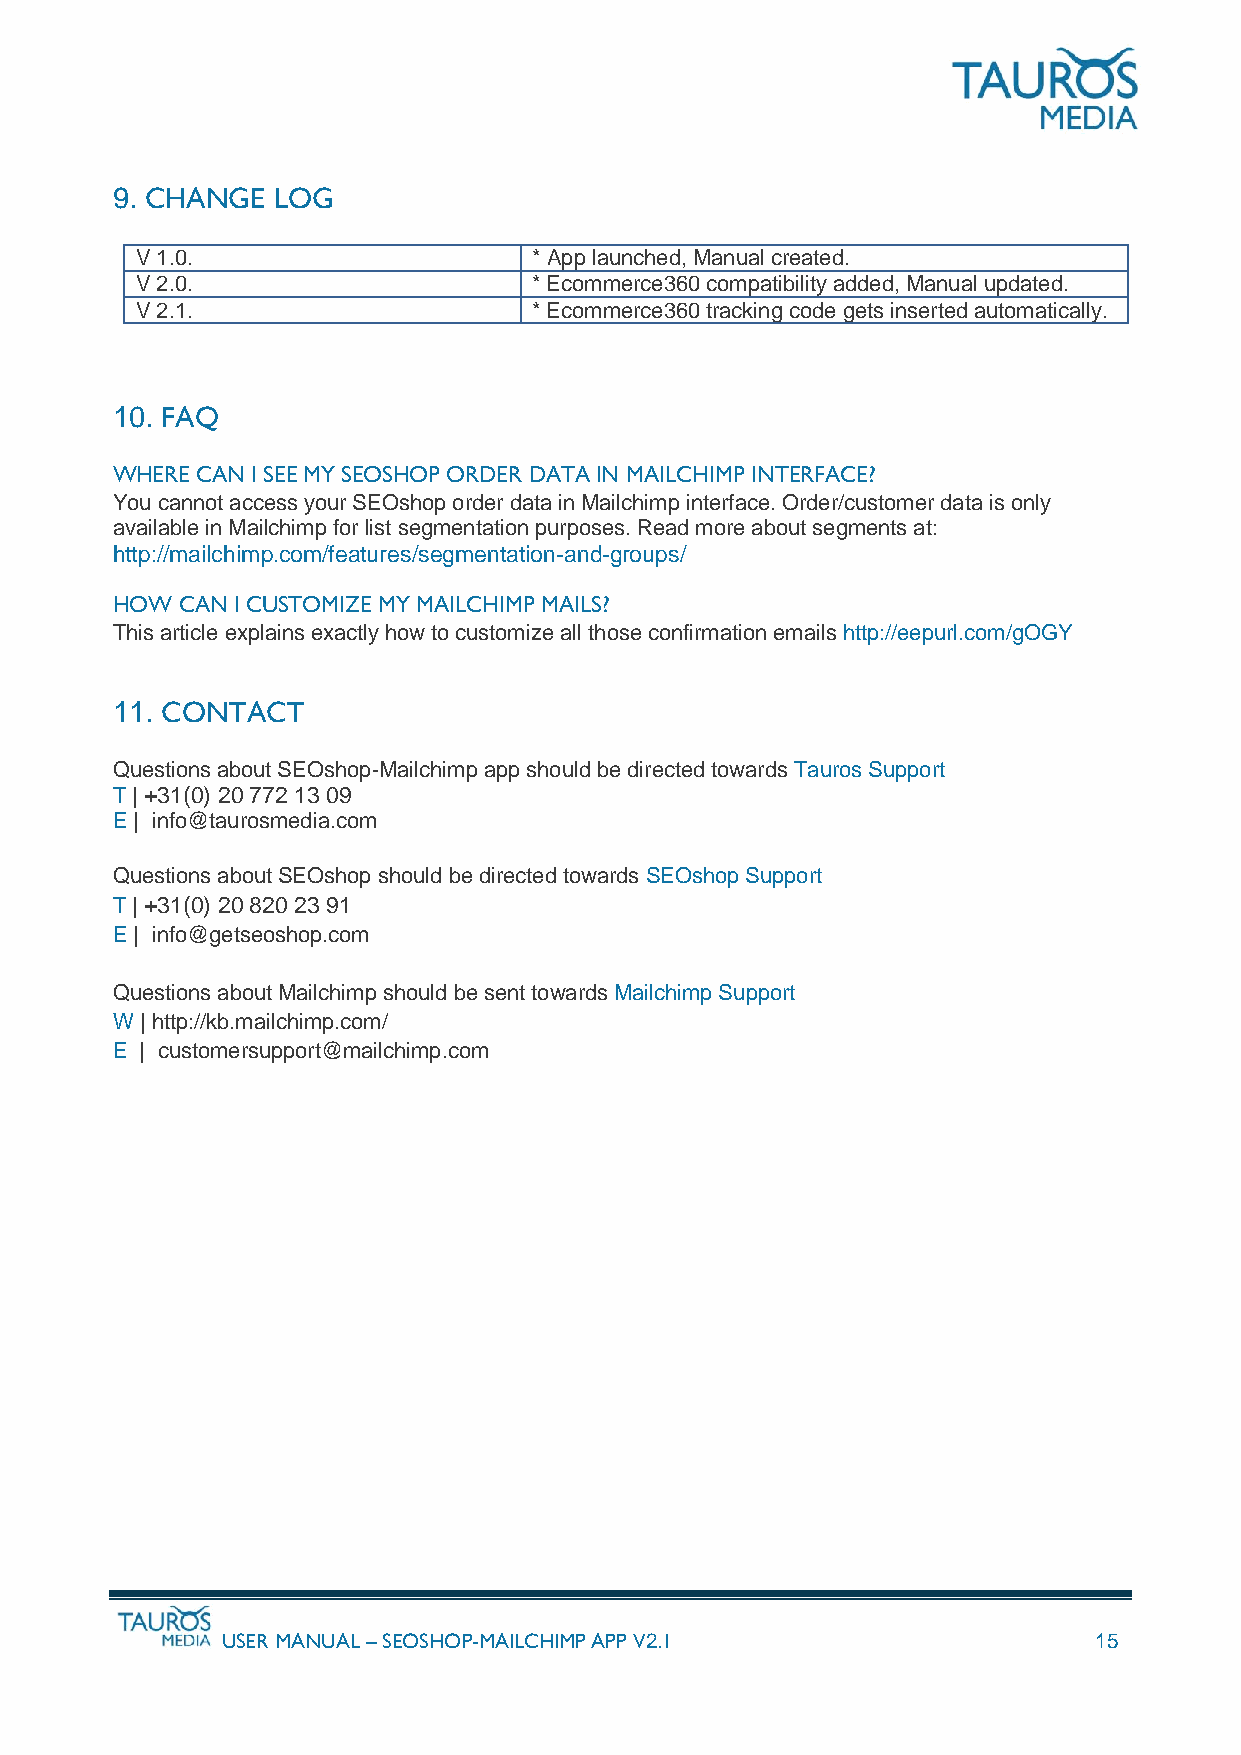
9. CHANGE  LOG
 V 1.0.                    * App launched, Manual created.
 V 2.0.                    * Ecommerce360 compatibility added, Manual updated.
 V 2.1.                    * Ecommerce360 tracking code gets inserted automatically.
 10. FAQ
 WHERE CAN I SEE MY SEOSHOP ORDER DATA IN MAILCHIMP INTERFACE?
 You cannot access your SEOshop order data in Mailchimp interface. Order/customer data is only
 available in Mailchimp for list segmentation purposes. Read more about segments at:
 http://mailchimp.com/features/segmentation-and-groups/
 HOW  CAN I CUSTOMIZE MY MAILCHIMP MAILS?
 This article explains exactly how to customize all those confirmation emails http://eepurl.com/gOGY
 11. CONTACT
 Questions about SEOshop-Mailchimp app should be directed towards Tauros Support
 T | +31(0) 20 772 13 09
 E | info@taurosmedia.com
 Questions about SEOshop should be directed towards SEOshop Support
 T | +31(0) 20 820 23 91
 E | info@getseoshop.com
 Questions about Mailchimp should be sent towards Mailchimp Support
 W | http://kb.mailchimp.com/
 E | customersupport@mailchimp.com
 USER MANUAL – SEOSHOP-MAILCHIMP APP V2.1                 15